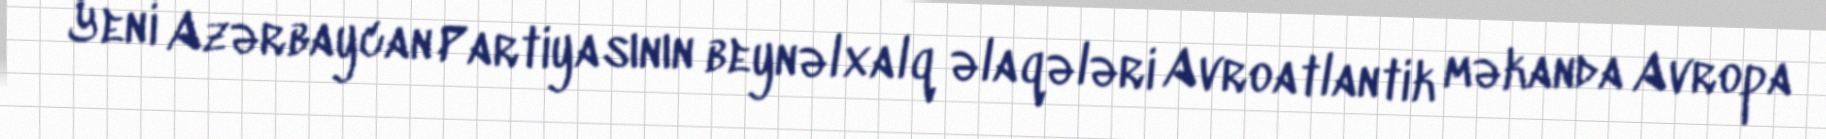
Yeni Azərbaycan Partiyasının beynəlxalq əlaqələri Avroatlantik məkanda Avropa